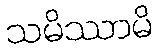
သမိဿာမိ